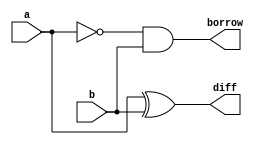
//Design:
 module half_sub(diff,borrow,a,b);
 input a,b;
 wire w1;
 output diff,borrow;
 xor x1(diff,a,b);
 not n1(w1,a);
 and a1(borrow,w1,b);
 endmodule

 //Test Bench:
 
 module half_sub_tb();
 reg a,b;
 wire diff,borrow;
 half_sub h1(diff,borrow,a,b);
 initial
 begin
 $monitor($time," A=%b B=%b Diff=%b Borrow=%b",a,b,diff,borrow);
 end
 initial
 begin
 	a=1'b0; b=1'b0;
 	#5;
	a=1'b0; b=1'b1;
	#5;
	a=1'b1; b=1'b0;
	#5;
	a=1'b1; b=1'b1;
	#5;
 end
 initial
 begin
 $dumpfile("half_sub.dump");
 $dumpvars(0,half_sub_tb);
 end
 endmodule